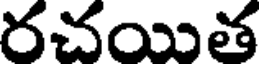
రచయిత